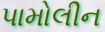
પામોલીન